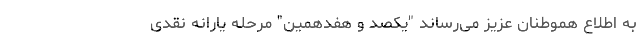
به اطلاع هموطنان عزیز می‌رساند "یکصد و هفدهمین" مرحله یارانه نقدی